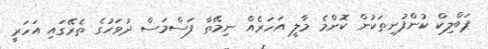
ޕަބްލިކް ކުންފުނިތަކުން ކޮންމެ މާލީ އަހަރެއް ނިމޭތާ ފަސްމަސް ދުވަހުގެ ތެރޭގައި އަހަރީ